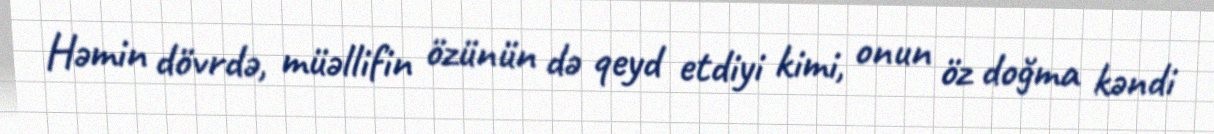
Həmin dövrdə, müəllifin özünün də qeyd etdiyi kimi, onun öz doğma kəndi